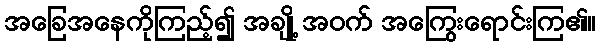
အခြေအနေကိုကြည့်၍ အချို့ အဝက် အကြွေးရောင်းကြ၏။